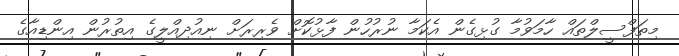
މިތަފްސީލްތައް ހާމަވުމާ ގުޅިގެން އެކަމާ ނުރުހުން ފާޅުކޮށް ވެރިރަށް ނިއުދިއްލީގެ އިތުރުން އިންޑިއާގެ